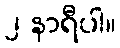
၂ နာရီပါ။